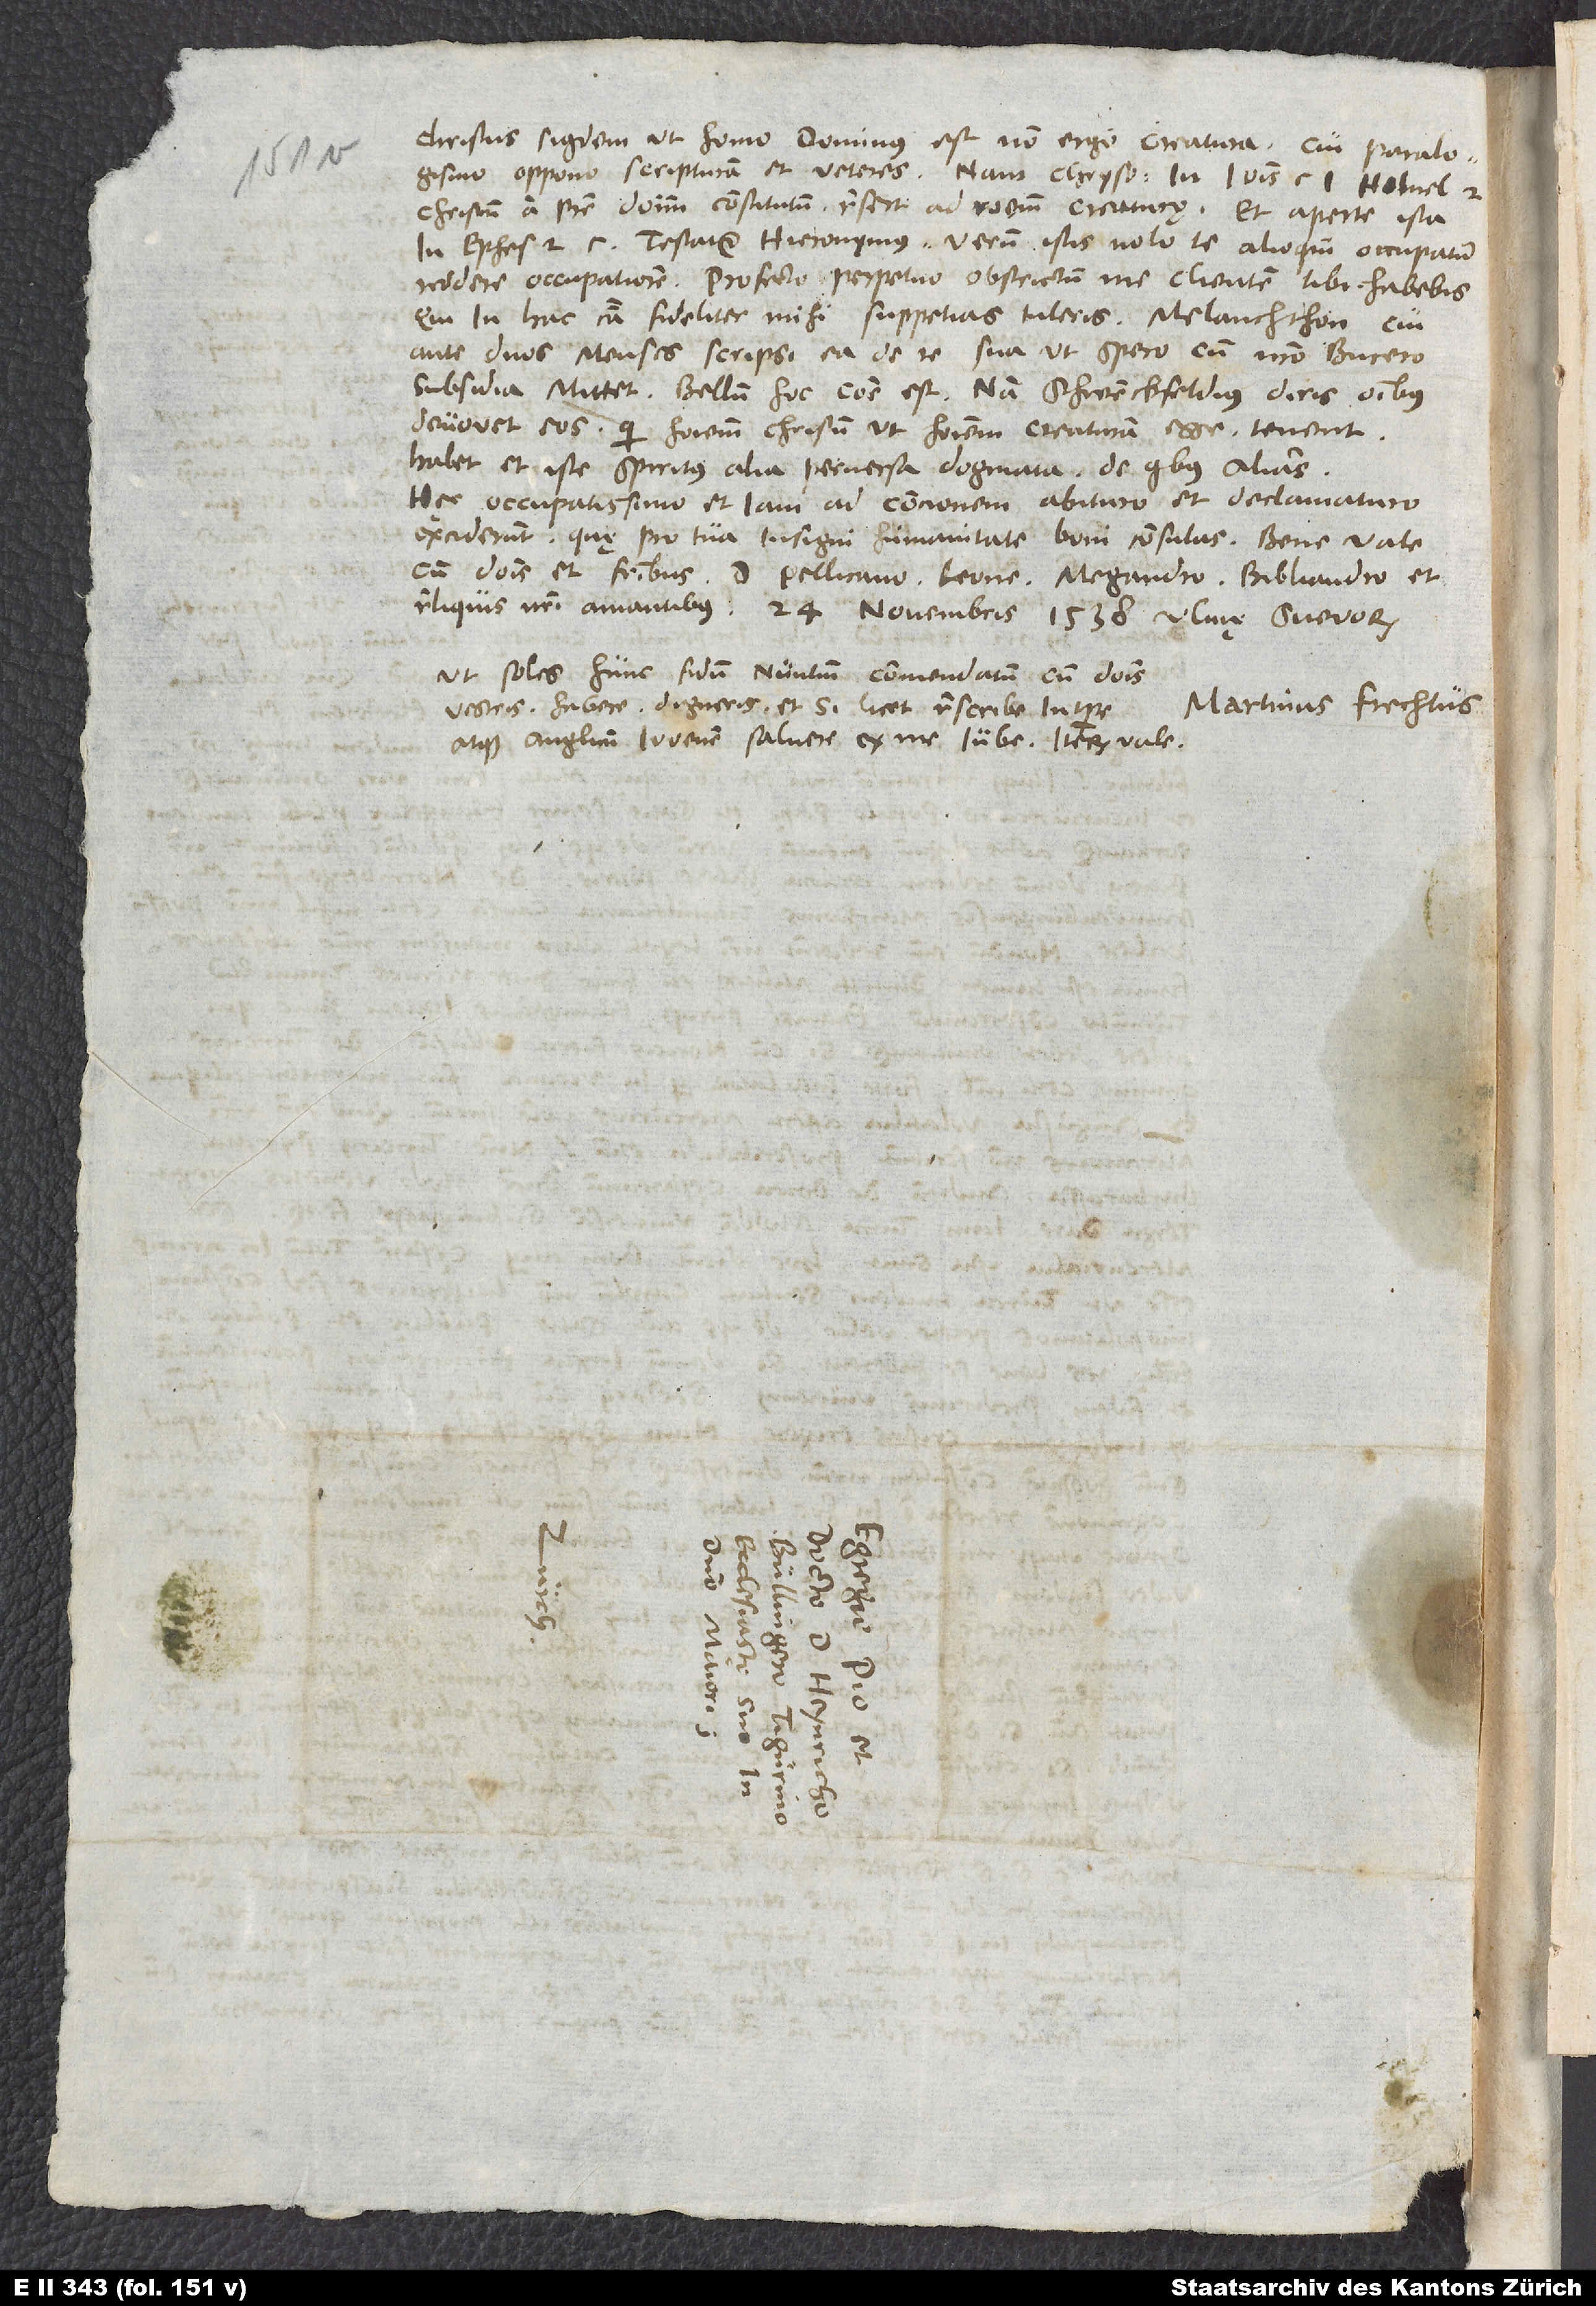
Christus siquidem ut homo dominus est, non ergo creatura. Cui paralogismo
oppono scripturam et veteres. Nam Chrysostomus in Ioannis caput
Christum a patre dominum constitutum refert ad rationem creaturę, et aperte ista
in Ephesios 2. capite testatur Hieronymus. Verum istis nolo te alioqui occupatum
reddere occupatiorem. Profecto perpetuo obstrictum me clientem tibi habebis,
qui in hac causa fideliter mihi suppetias tuleris. Melanchthon, cui
ante duos menses scripsi ea de re, sua, ut spero, cum nostro Bucero
subsidia mittet. Bellum hoc commune est; nam Schwenckfeldius diris omnibus
devovet eos, qui hominem Christum ut hominem creaturam esse tenent.
Habet et iste spiritus alia perversa dogmata, de quibus alias.
Hęc occupatissimo et iam ad concionem abituro et declamaturo
exciderunt, quę pro tua insigni humanitate boni consulas. Bene vale
cum dominis et fratribus, d. Pellicano, Leone, Megandro, Bibliandro et
reliquis nostri amantibus. 24. novembris 1538, Ulmę Svevorum.
Ut soles, hunc fidum nuntium commendatum cum dominis
vestris habere digneris et, si licet, rescribe in tempore,
atque Anglicum iuvenem saluere ex me iube. Iterum vale.